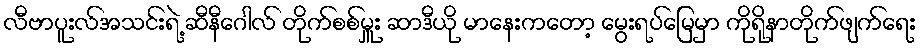
လီဗာပူးလ်အသင်းရဲ့ ဆီနီဂေါလ် တိုက်စစ်မှူး ဆာဒီယို မာနေးကတော့ မွေးရပ်မြေမှာ ကိုရိုနာတိုက်ဖျက်ရေး